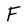
Character: F